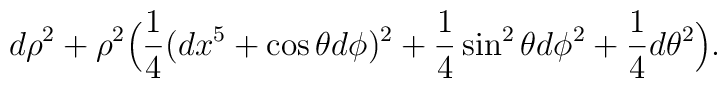
d\rho^2 + \rho^2\Big( {1 \over 4} (dx^5 + \cos\theta d\phi)^2 +{1 \over 4} \sin^2\theta d\phi^2 + {1\over 4} d\theta^2 \Big).